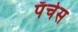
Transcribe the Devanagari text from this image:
पॅचेस